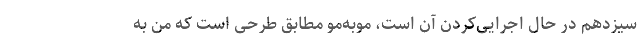
سیزدهم در حال اجرایی‌کردن آن است، موبه‌مو مطابق طرحی است که من به